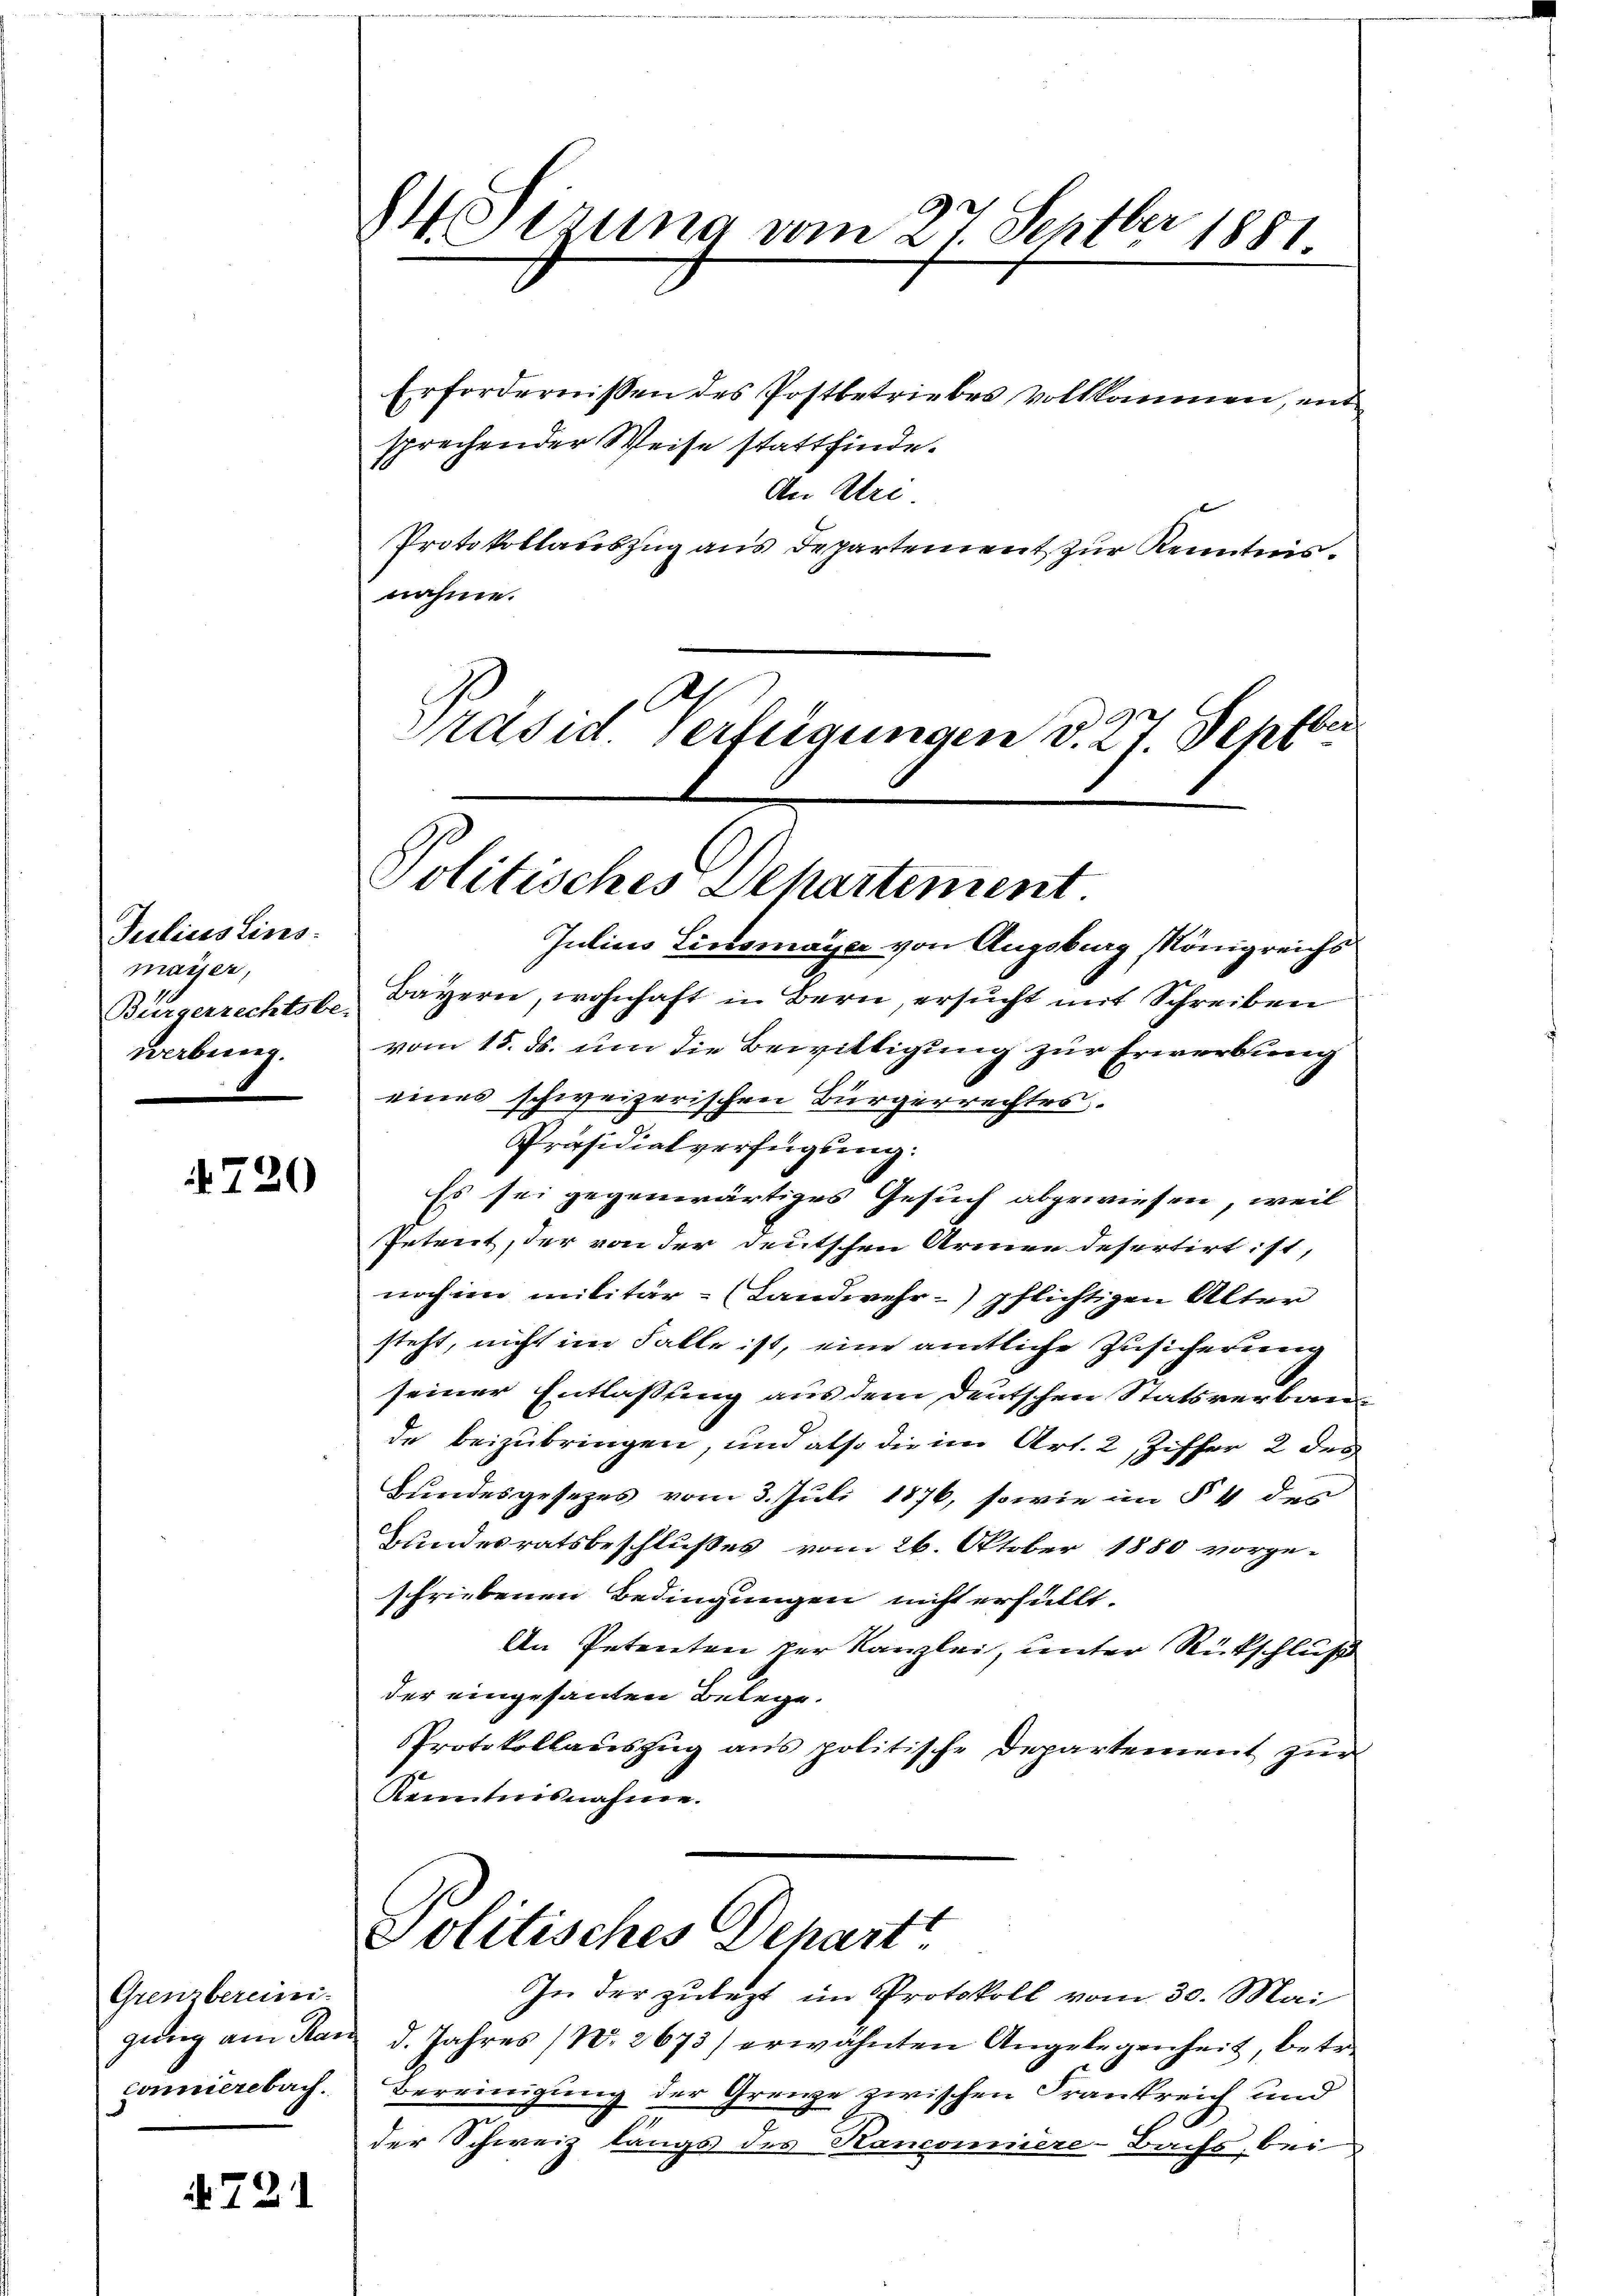
Julius Eins
mayer,
werbung.

720

Grenzbereini
gung am Ran
Connierebach.

721

er
MStzung vom 27. Sept. 1881.

Politisches Departement.

Julius Linsmayer von Augsburg Königreichs
Bürgerrechtsbe. Bayern, wohnhaft in Bern, ersŭcht mit Schreiben
vom 15. ds. um die Bewittigung zur Erwerbung
eines schweizerischen Bürgerrechtes.
Präsidialverfügung:
Es sei gegenwärtiges Gesuch abgewiesen, weil
Petent, der von der deutschen Armen desertirt ist,
noch im militär- (Landwehr-) pflichtigen Alter
steht, nicht im Falle ist, eine amtliche Zusicherung
seiner Entlassung aus dem deutschen Statsverbaude beizubringen, und also die im Art. 2, Ziffer 2 des
Bundesgesezes vom 3. Juli 1876, sowie im § 4 des
Bundesratsbeschlußes vom 26. Oktober 1880 vorgeschriebenen Bedingungen nicht erfüllt.
An Petenten zur Kanzlei, unter Rückschluß
der eingesanten Belege.
Protokollaŭszŭg ans politische Departement zŭr
Kenntnisnahme.

Erfordernißen des Postbetriebes vollkommen, ent
sprechender Weise stattfinde.
An Uri
Protokollauszug aus Departement zur Kenntnisnahme.
Ach
ber
Präsid. Verfügungen d. 27. Sept.

In der zulegt im Protokoll vom 30. Mai
d. Jahres (W. 2673) erwähnten Angelegenheit, betr
Bereinigung der Grenze zwischen Frankreich und
der Schweiz längs des Kanconnere-Bachs bei

politisches Dehart